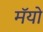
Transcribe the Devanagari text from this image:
मॅयो